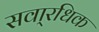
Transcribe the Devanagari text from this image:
सवा्रधिक